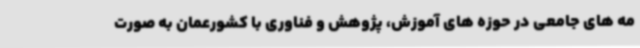
مه های جامعی در حوزه های آموزش، پژوهش و فناوری با کشورعمان به صورت